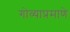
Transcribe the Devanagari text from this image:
गोव्याप्रमाणे